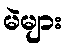
မဲများ